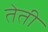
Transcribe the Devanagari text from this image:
तेती